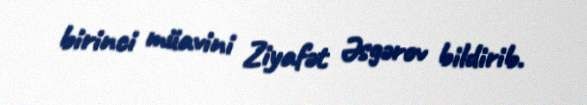
birinci müavini Ziyafət Əsgərov bildirib.